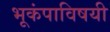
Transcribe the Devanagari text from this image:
भूकंपाविषयी